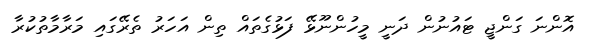
އޮންނަ ގަންޖީ ޓައުނުން ދަނީ މީހުންނޫޅޭ ފަޅުގެތައް ތިން އަހަރު ތެރޭގައި މަރާމާތުކުރާ